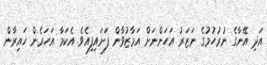
އަދި އޭނާގެ ނުރުހުމުގެ ނަޒަރު އަހަންނަށް އަމާޒުވާން ފަށައިފިއެވެ. އެކަމާ އަހަރެން ހައިރާން